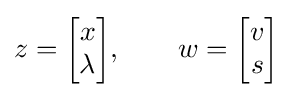
z={\begin{bmatrix}x\\\lambda \end{bmatrix}},\qquad w={\begin{bmatrix}v\\s\end{bmatrix}}